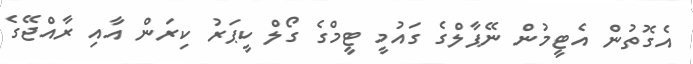
އެގޮތުން އެޓީމުން ނޭޕާލްގެ ގައުމީ ޓީމްގެ ގޯލް ކީޕަރު ކިރަން އާއި ރާއްޖޭގެ